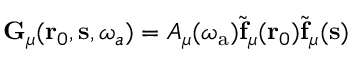
\mathbf { G } _ { \mu } ( \mathbf { r } _ { 0 } , \mathbf { s } , \omega _ { a } ) = A _ { \mu } ( \omega _ { \mathrm { a } } ) \tilde { \mathbf { f } } _ { \mu } ( \mathbf { r } _ { 0 } ) \tilde { \mathbf { f } } _ { \mu } ( \mathbf { s } )